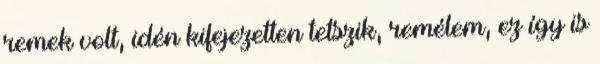
remek volt, idén kifejezetten tetszik, remélem, ez így is